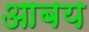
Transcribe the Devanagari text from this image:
आबय